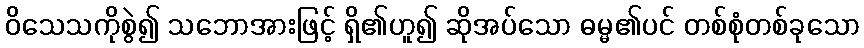
ဝိသေသကိုစွဲ၍ သဘောအားဖြင့် ရှိ၏ဟူ၍ ဆိုအပ်သော ဓမ္မ၏ပင် တစ်စုံတစ်ခုသော